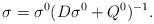
LaTeX: \begin{align*} \sigma = \sigma^0(D\sigma^0+Q^0)^{-1}. \end{align*}